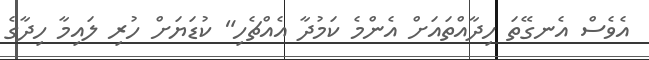
އެވެސް އެނގޭތަ ހިދާއްތައަށް އެންމެ ކަމުދާ އެއްޗެހި" ކުޑަޔަށް ހުރި ލައިމާ ހިދާގެ